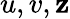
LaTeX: u,v,\mathbf{z}